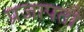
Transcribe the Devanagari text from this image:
प्रजापतौ